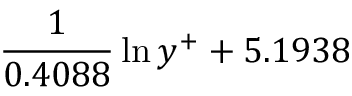
\frac { 1 } { 0 . 4 0 8 8 } \ln { y ^ { + } } + 5 . 1 9 3 8